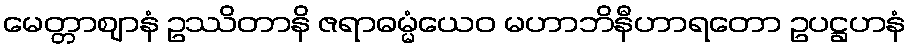
မေတ္တာဈာနံ ဥဿိတာနိ ဇရာဓမ္မံယေဝ မဟာဘိနီဟာရတော ဥပဋ္ဌဟနံ